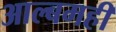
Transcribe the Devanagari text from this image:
आल्बमही